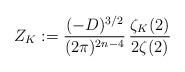
LaTeX: \begin{align*}Z_K:=\frac{(-D)^{3/2}}{(2\pi)^{2n-4}}\,\frac{\zeta_K(2)}{2\zeta(2)}\end{align*}